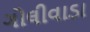
ગોલીવાડા